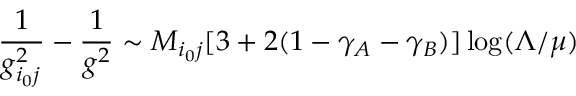
\frac { 1 } { g _ { i _ { 0 } j } ^ { 2 } } - \frac { 1 } { g ^ { 2 } } \sim M _ { i _ { 0 } j } [ 3 + 2 ( 1 - \gamma _ { A } - \gamma _ { B } ) ] \log ( \Lambda / \mu )